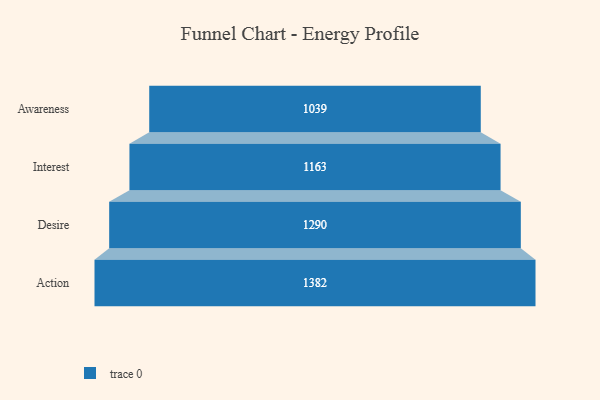
{"axis": {"x": "Stage", "y": "Value"}, "legend": [""], "data": [{"x": "Awareness", "y": 1039.0, "type": ""}, {"x": "Interest", "y": 1163.0, "type": ""}, {"x": "Desire", "y": 1290.0, "type": ""}, {"x": "Action", "y": 1382.0, "type": ""}]}